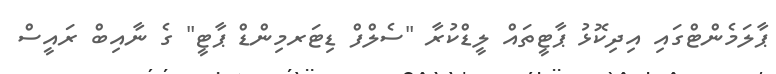
ޕާލަމެންޓްގައި އިދިކޮޅު ޕާޓީތައް ލީޑްކުރާ "ސެލްފް ޑިޓަރމިންޑް ޕާޓީ" ގެ ނާއިބް ރައީސް